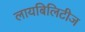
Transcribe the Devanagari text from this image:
लायबिलिटीज